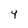
Character: 4